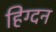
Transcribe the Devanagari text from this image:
हिग्दन